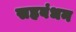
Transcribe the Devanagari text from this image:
सहबंधन